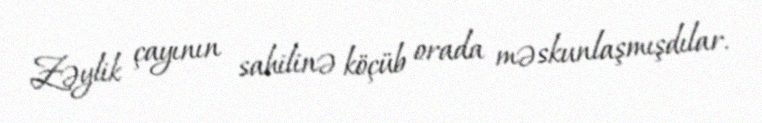
Zəylik çayının sahilinə köçüb orada məskunlaşmışdılar.